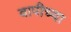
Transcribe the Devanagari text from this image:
वापीच्या